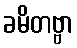
ခမိတဗ္ဗာ